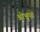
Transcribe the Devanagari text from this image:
श्रीभूपते